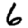
Digit: 6